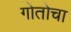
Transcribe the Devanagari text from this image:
गोतोचा